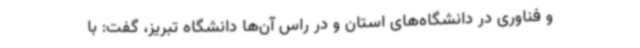
و فناوری در دانشگاه‌های استان و در راس آن‌ها دانشگاه تبریز، گفت: با